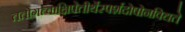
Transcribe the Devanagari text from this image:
ततोगत्वाक्षिपेत्तीर्थेस्पर्शदोषोनविद्यते